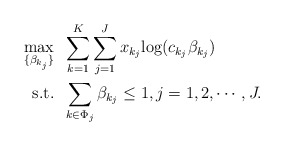
\begin{align*}\max_{\{\beta_{k_j}\}} &\;\; \sum_{k=1}^K\sum_{j=1}^J x_{k_j}{\log(c_{k_j} \beta_{k_j} )} \\\mbox{s.t.} &\;\; \sum_{k \in \Phi_j} \beta_{k_j} \leq 1, j=1,2,\cdots,J. \end{align*}